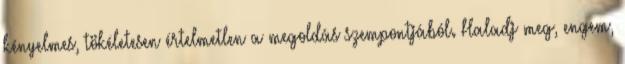
kényelmes, tökéletesen értelmetlen a megoldás szempontjából. Haladj meg, engem,